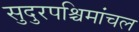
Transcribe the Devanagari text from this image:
सुदुरपश्चिमांचल